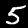
Label: 5